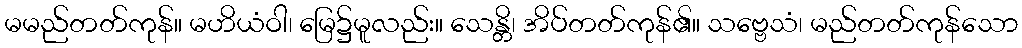
မမည်တတ်ကုန်။ မဟိယံဝါ၊ မြေ၌မူလည်း။ သေန္တိ၊ အိပ်တတ်ကုန်၏။ သဗ္ဗေသံ၊ မည်တတ်ကုန်သော